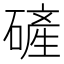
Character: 𪿴